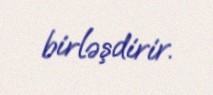
birləşdirir.